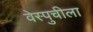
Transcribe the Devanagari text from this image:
वेस्पुचीला